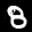
Label: 8